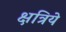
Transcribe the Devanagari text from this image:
क्षत्रिये